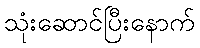
သုံးဆောင်ပြီးနောက်